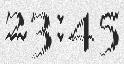
23:45